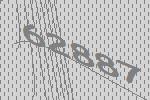
62887